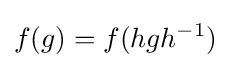
f(g)=f(hgh^{-1})